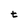
Character: t